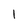
Character: 1